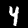
Label: 4